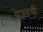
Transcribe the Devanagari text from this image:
यज्ञरूपी